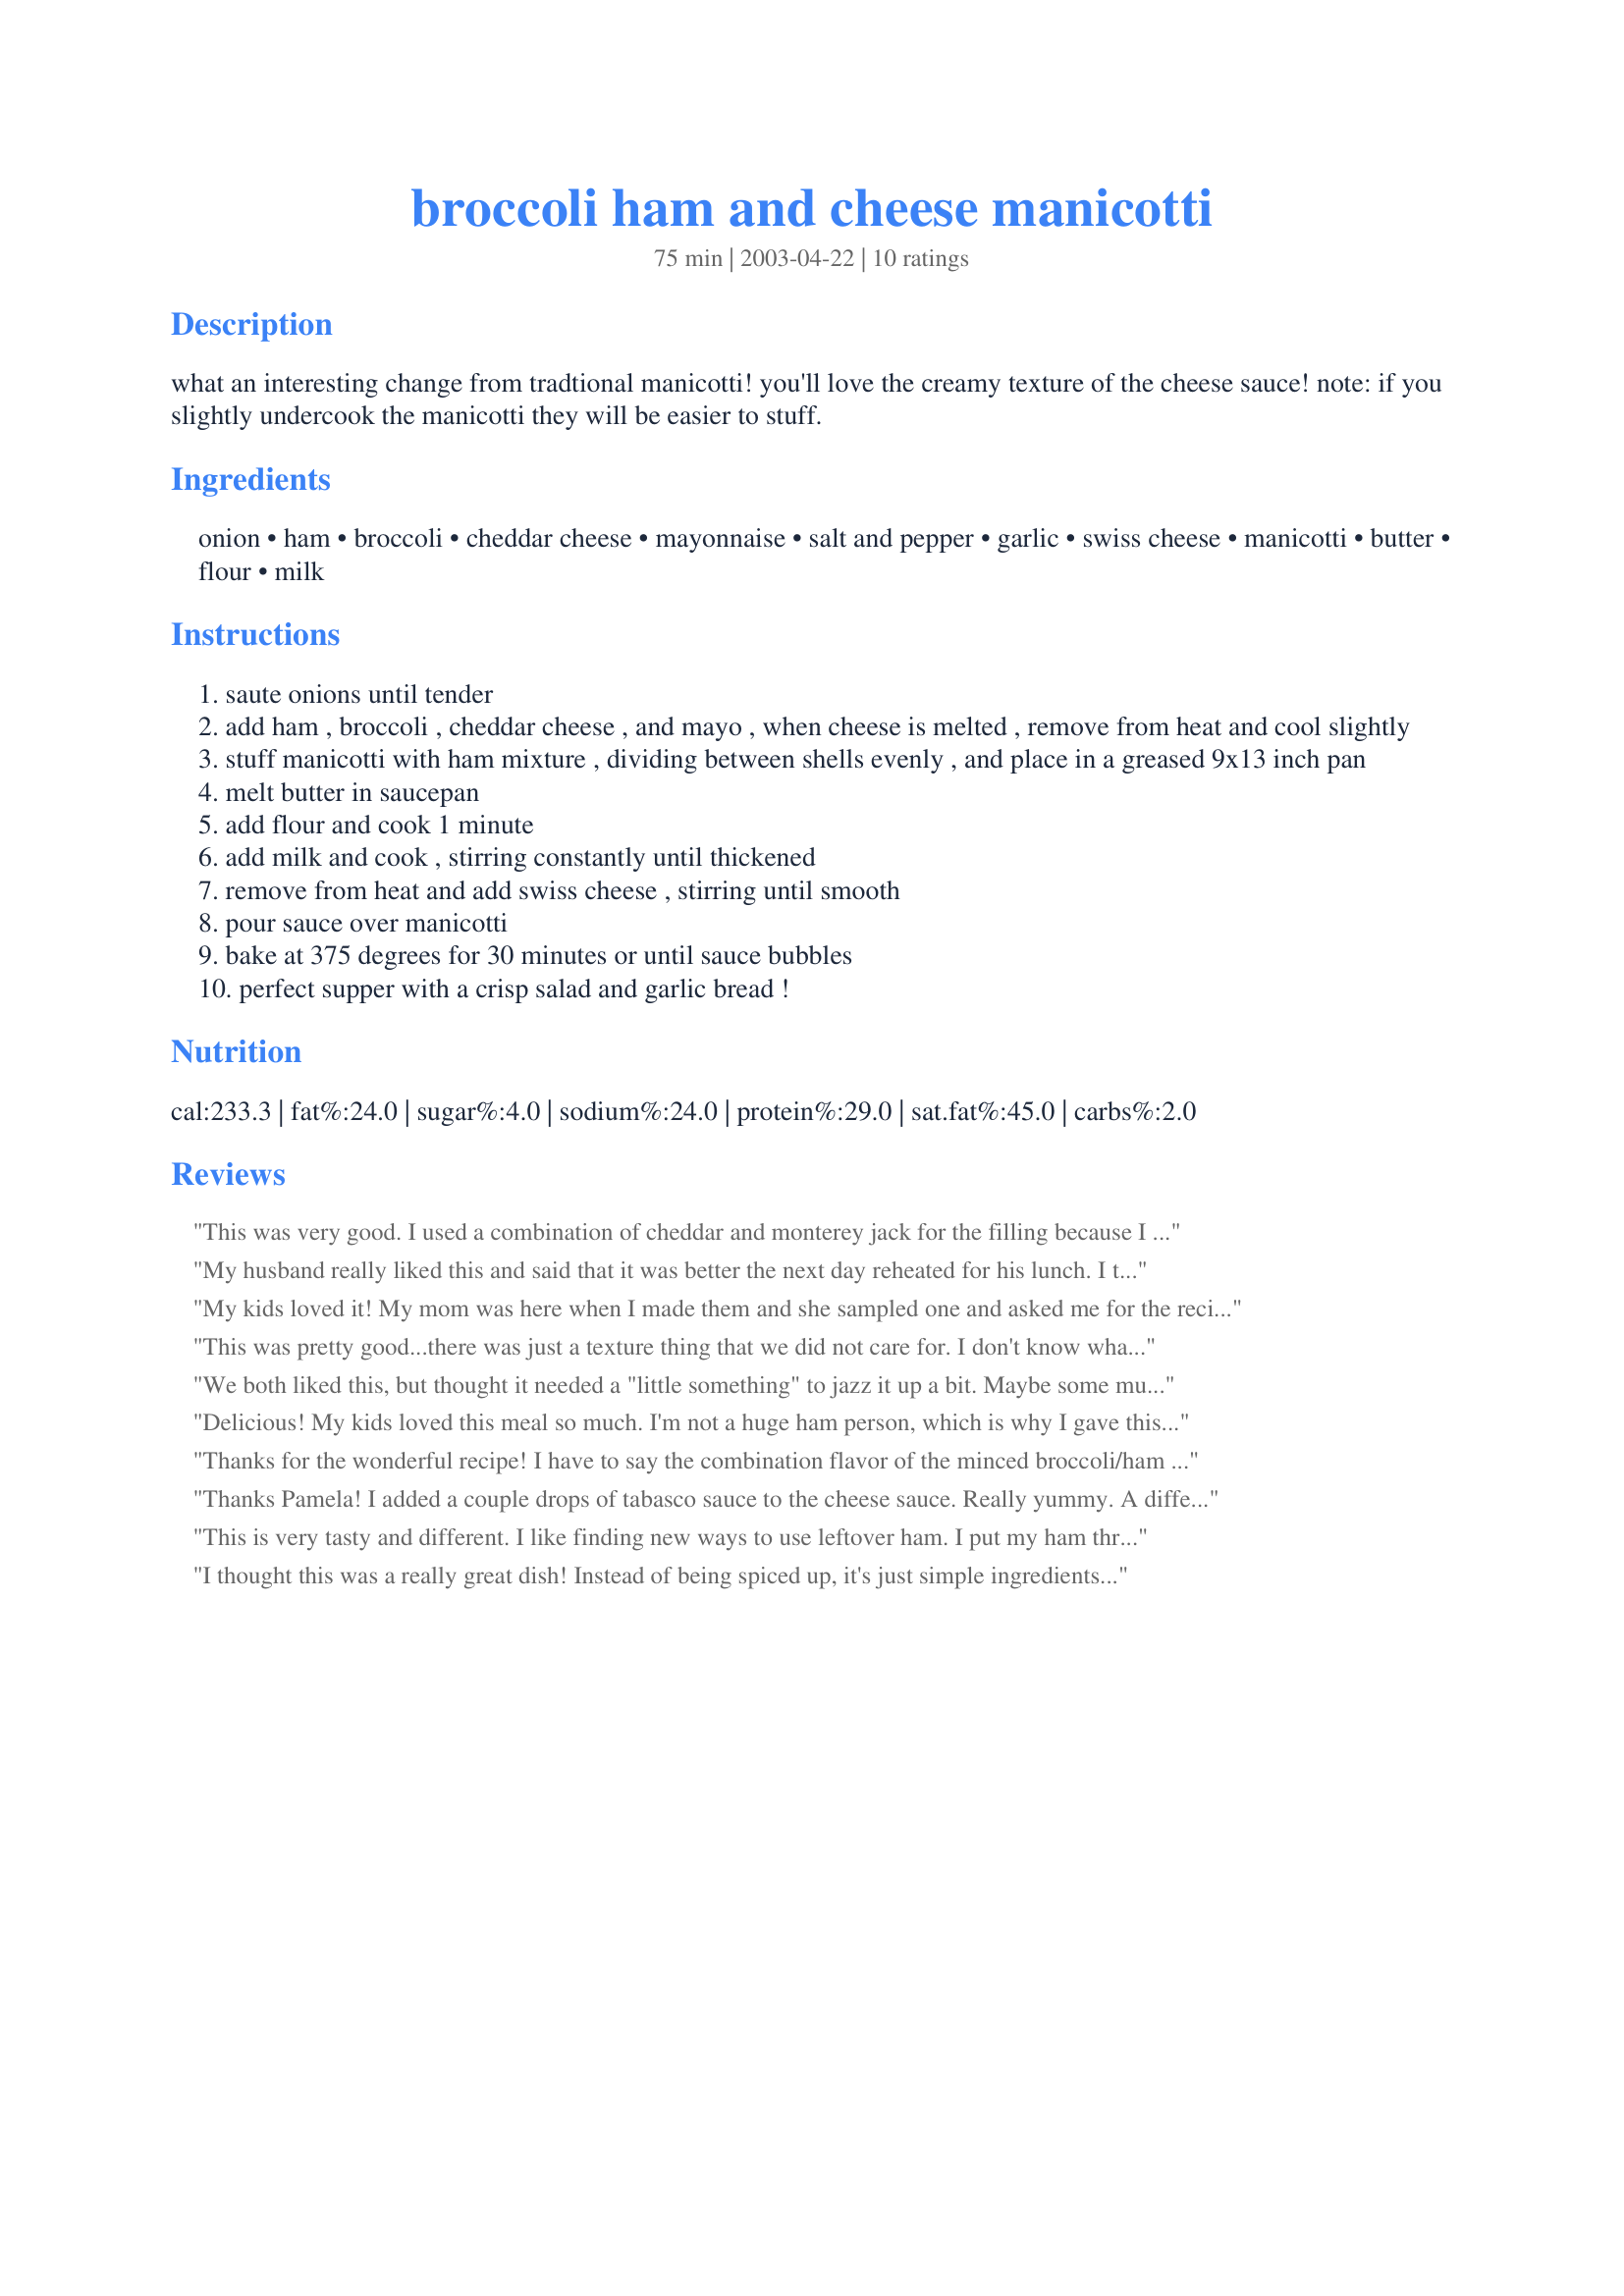
broccoli ham and cheese manicotti
Preparation time: 75 minutes

what an interesting change from tradtional manicotti! you'll love the creamy texture of the cheese sauce! note: if you slightly undercook the manicotti they will be easier to stuff.

Ingredients:
onion, ham, broccoli, cheddar cheese, mayonnaise, salt and pepper, garlic, swiss cheese, manicotti, butter, flour, milk

Steps:
saute onions until tender
add ham , broccoli , cheddar cheese , and mayo , when cheese is melted , remove from heat and cool slightly
stuff manicotti with ham mixture , dividing between shells evenly , and place in a greased 9x13 inch pan
melt butter in saucepan
add flour and cook 1 minute
add milk and cook , stirring constantly until thickened
remove from heat and add swiss cheese , stirring until smooth
pour sauce over manicotti
bake at 375 degrees for 30 minutes or until sauce bubbles
perfect supper with a crisp salad and garlic bread !

Reviews:
This was very good. I used a combination of cheddar and monterey jack for the filling because I thought cheddar alone would be too strong for us. It was good with the swiss but I might try it with a different cheese sauce next time just to compare. Everyone enjoyed this, thank you Pamela!
My husband really liked this and said that it was better the next day reheated for his lunch. I thought that it was ok -- perhaps I just didn't care for the swiss cheese flavor of the sauce. If I tried this again, I think that I would use a different kind of cheese in the sauce -- maybe some more cheddar. Thank you.
My kids loved it! My mom was here when I made them and she sampled one and asked me for the recipe. I used the 1 cup swiss and 1 cup cheddar just as the recipe states.

This was pretty good...there was just a texture thing that we did not care for. I don't know what it was. The kids liked it ok too.
We both liked this, but thought it needed a "little something" to jazz it up a bit. Maybe some mushrooms and a few extra spices. Also, the cheesy sauce started to burn a bit on top so I had to cover it with foil for the last few minutes. It was very easy to make, which was a definite plus, especially because I used manicotti that didn't have to be boiled beforehand.
Delicious! My kids loved this meal so much. I'm not a huge ham person, which is why I gave this 4 stars instead of five. If you love ham, this would be a five star recipe! I guess I could probably substitute any other meat . . . I also used canelloni shells instead.
Thanks for the wonderful recipe! I have to say the combination flavor of the minced broccoli/ham is great. I slightly steamed the broccoli before chopping. I used gruyere cheese in the sauce, since that's what I had. I covered the top with foil, which I do with most all casseroles. This was a super recipe to use up my Christmas ham.
Roxygirl in Colo.
Thanks Pamela! I added a couple drops of tabasco sauce to the cheese sauce. Really yummy. A different pasta dinner without all the tomato sauce. We will make this again.
This is very tasty and different. I like finding new ways to use leftover ham. I put my ham through the meatgrinder, along with the broccoli. I increased proportions to fill 14 shells, and increased the cream sauce to 3 cups. I used skim milk to cut a little fat. Very good recipe.
I thought this was a really great dish! Instead of being spiced up, it's just simple ingredients that go great together! It doesn't take as long to prepare as I thought, but I may toss it all with rotini next time like a casserole to make it even faster. My box of manicotti had 14, so I just made them all instead of having 4 leftover. I had enough mixture to loosely fill them all, but I could have used more cheese sauce. It's not fine cuisine, but it's a great family dish and very kid-friendly!
